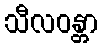
သီလဝန္တာ